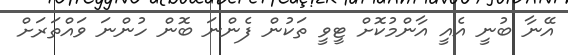
އޭނާ ބުނީ އެއީ އާންމުކޮށް ޓީވީ ތަކުން ފެންނަ ބޮން ހުންނަ ވައްތަރަށް